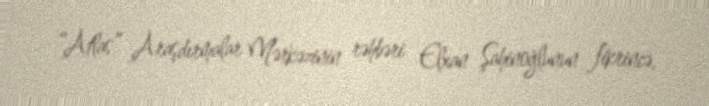
“Atlas” Araşdırmalar Mərkəzinin rəhbəri Elxan Şahinoğlunun fikrincə,